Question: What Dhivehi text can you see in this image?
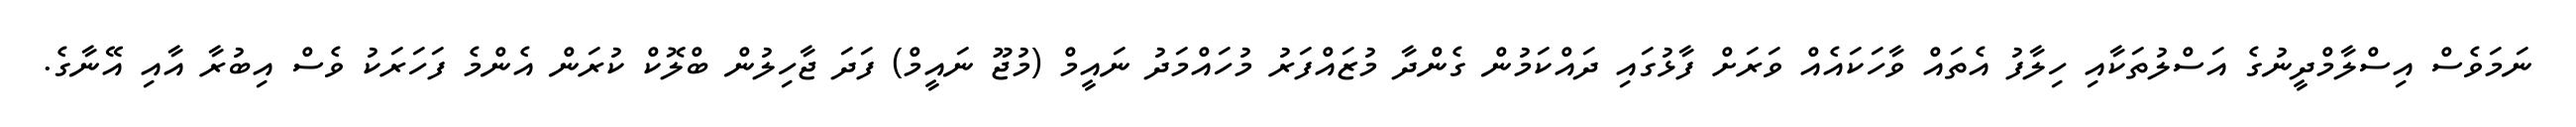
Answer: ނަމަވެސް އިސްލާމްދީނުގެ އަސްލުތަކާއި ހިލާފު އެތައް ވާހަކައެއް ވަރަށް ފާޅުގައި ދައްކަމުން ގެންދާ މުޒައްފަރު މުހައްމަދު ނައީމް (މުޖޫ ނައީމް) ފަދަ ޖާހިލުން ބްލޮކް ކުރަން އެންމެ ފަހަރަކު ވެސް އިބުރާ އާއި އޭނާގެ.